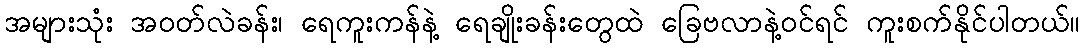
အများသုံး အဝတ်လဲခန်း၊ ရေကူးကန်နဲ့ ရေချိုးခန်းတွေထဲ ခြေဗလာနဲ့ဝင်ရင် ကူးစက်နိုင်ပါတယ်။